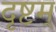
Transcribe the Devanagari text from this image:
दृष्टम्